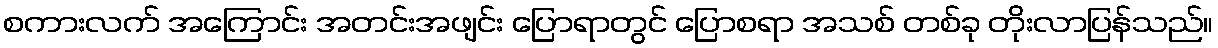
စကားလက် အကြောင်း အတင်းအဖျင်း ပြောရာတွင် ပြောစရာ အသစ် တစ်ခု တိုးလာပြန်သည်။